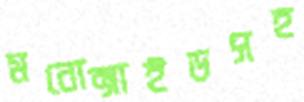
মনোক্সাইডসহ